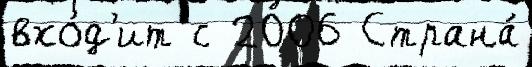
вхо́д'ит с 2006 Страна́